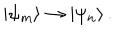
LaTeX: | \psi _ { m } \rangle \rightarrow | \psi _ { n } \rangle \, .